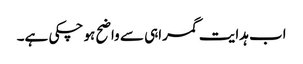
اب ہدایت گمراہی سے واضح ہو چکی ہے۔